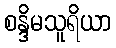
စန္ဒိမသူရိယာ